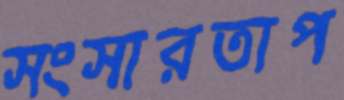
সংসারতাপ